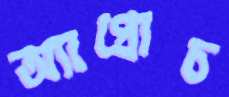
অ্যাপ্রোচ